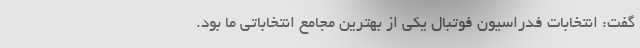
گفت: انتخابات فدراسیون فوتبال یکی از بهترین مجامع انتخاباتی ما بود.